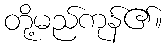
တို့မည်ကုန်၏။